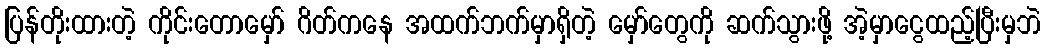
ပြန်တိုးထားတဲ့ ကိုင်းတောမှော် ဂိတ်ကနေ အထက်ဘက်မှာရှိတဲ့ မှော်တွေကို ဆက်သွားဖို့ အဲ့မှာငွေထည့်ပြီးမှဘဲ